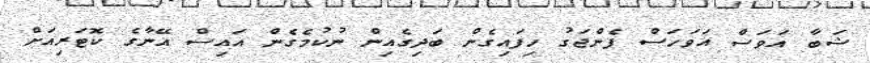
ޝަބާ އަވަސް އަވަހަސް ފެންޖަގު ހިފައިގެން ބަދިގެއިން ނުކުމެގެން އައިސް އޭނާގެ ކޮޓަރިއަށް